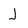
Character: J